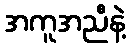
အကူအညီနဲ့